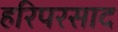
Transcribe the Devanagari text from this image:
हरिपरसाद